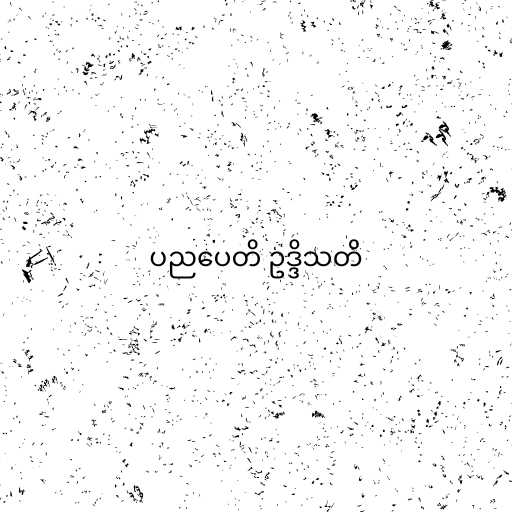
ပညပေတိ ဥဒ္ဒိသတိ